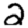
Digit: 2